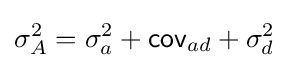
\sigma _{A}^{2}=\sigma _{a}^{2}+{\mathsf {cov}}_{ad}+\sigma _{d}^{2}